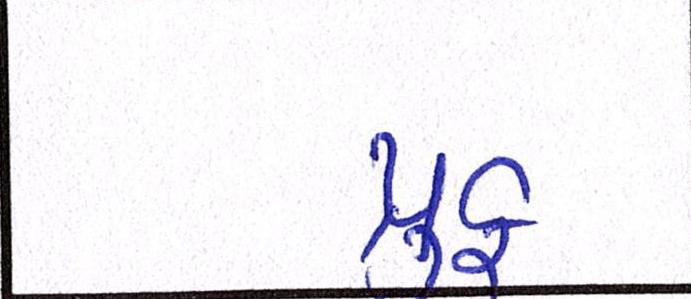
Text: પ્રુફ